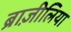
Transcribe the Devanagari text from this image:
ब्राज़ीलिया